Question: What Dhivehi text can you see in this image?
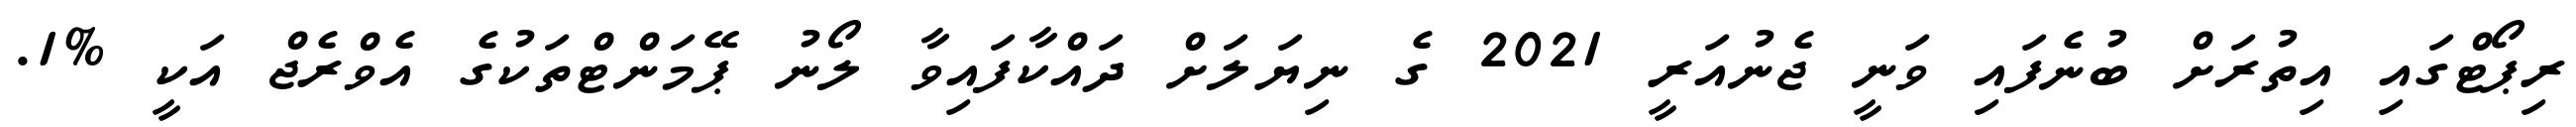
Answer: ރިޕޯޓްގައި އިތުރަށް ބުނެފައި ވަނީ ޖެނުއަރީ 2021 ގެ ނިޔަލަށް ދައްކާފައިވާ ލޯނު ޕޭމަންޓްތަކުގެ އެވްރެޖް އަކީ %1.